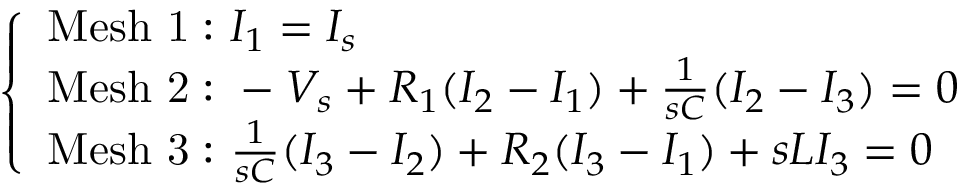
{ \left\{ \begin{array} { l l } { { \mathrm { M e s h ~ 1 : ~ } } I _ { 1 } = I _ { s } } \\ { { \mathrm { M e s h ~ 2 : ~ } } - V _ { s } + R _ { 1 } ( I _ { 2 } - I _ { 1 } ) + { \frac { 1 } { s C } } ( I _ { 2 } - I _ { 3 } ) = 0 } \\ { { \mathrm { M e s h ~ 3 : ~ } } { \frac { 1 } { s C } } ( I _ { 3 } - I _ { 2 } ) + R _ { 2 } ( I _ { 3 } - I _ { 1 } ) + s L I _ { 3 } = 0 } \end{array} \right. }